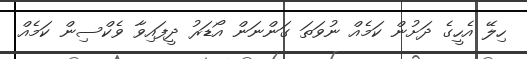
ހިލޭ އެހީގެ ދަށުން ކަމެއް ނުވަތަ ގަންނަން އޯޑަރު ދީފައިވާ ވެކްސިން ކަމެއް